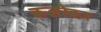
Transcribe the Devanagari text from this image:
कजरेकर